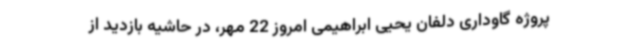
پروژه گاوداری دلفان یحیی ابراهیمی امروز 22 مهر، در حاشیه بازدید از